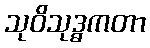
သုဝိသုဒ္ဓကတာ